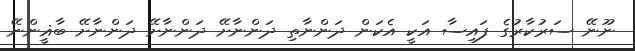
ނޫނޭ ސަރުކާރުގެ ފައިސާ އަކީ އެކަން ދަންނާތި ދަންނާށޭ ދަންނާށޭ ދަންނާށޭ ބާޣީންނޭ